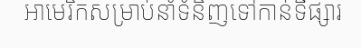
អាមេរិកសម្រាប់នាំទំនិញទៅកាន់ទីផ្សារ